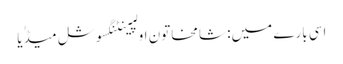
اسی بارے میں: شامخاتون اولپینٹنگسوشل میڈٰیا